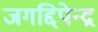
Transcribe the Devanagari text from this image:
जगद्दिपेन्द्र